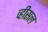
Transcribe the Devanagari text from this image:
व्हीसल